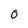
Character: O